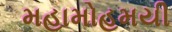
મહામોહમયી